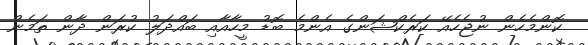
ކޮންމެހެން ނުޖެހެއޭ ކަރެކްޝަންގެ އެންމެ ބޮޑު މީހާއާއި ބައްދަލު ކުރަން ދާން ތަމެން